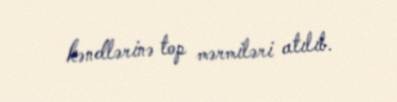
kəndlərinə top mərmiləri atılıb.